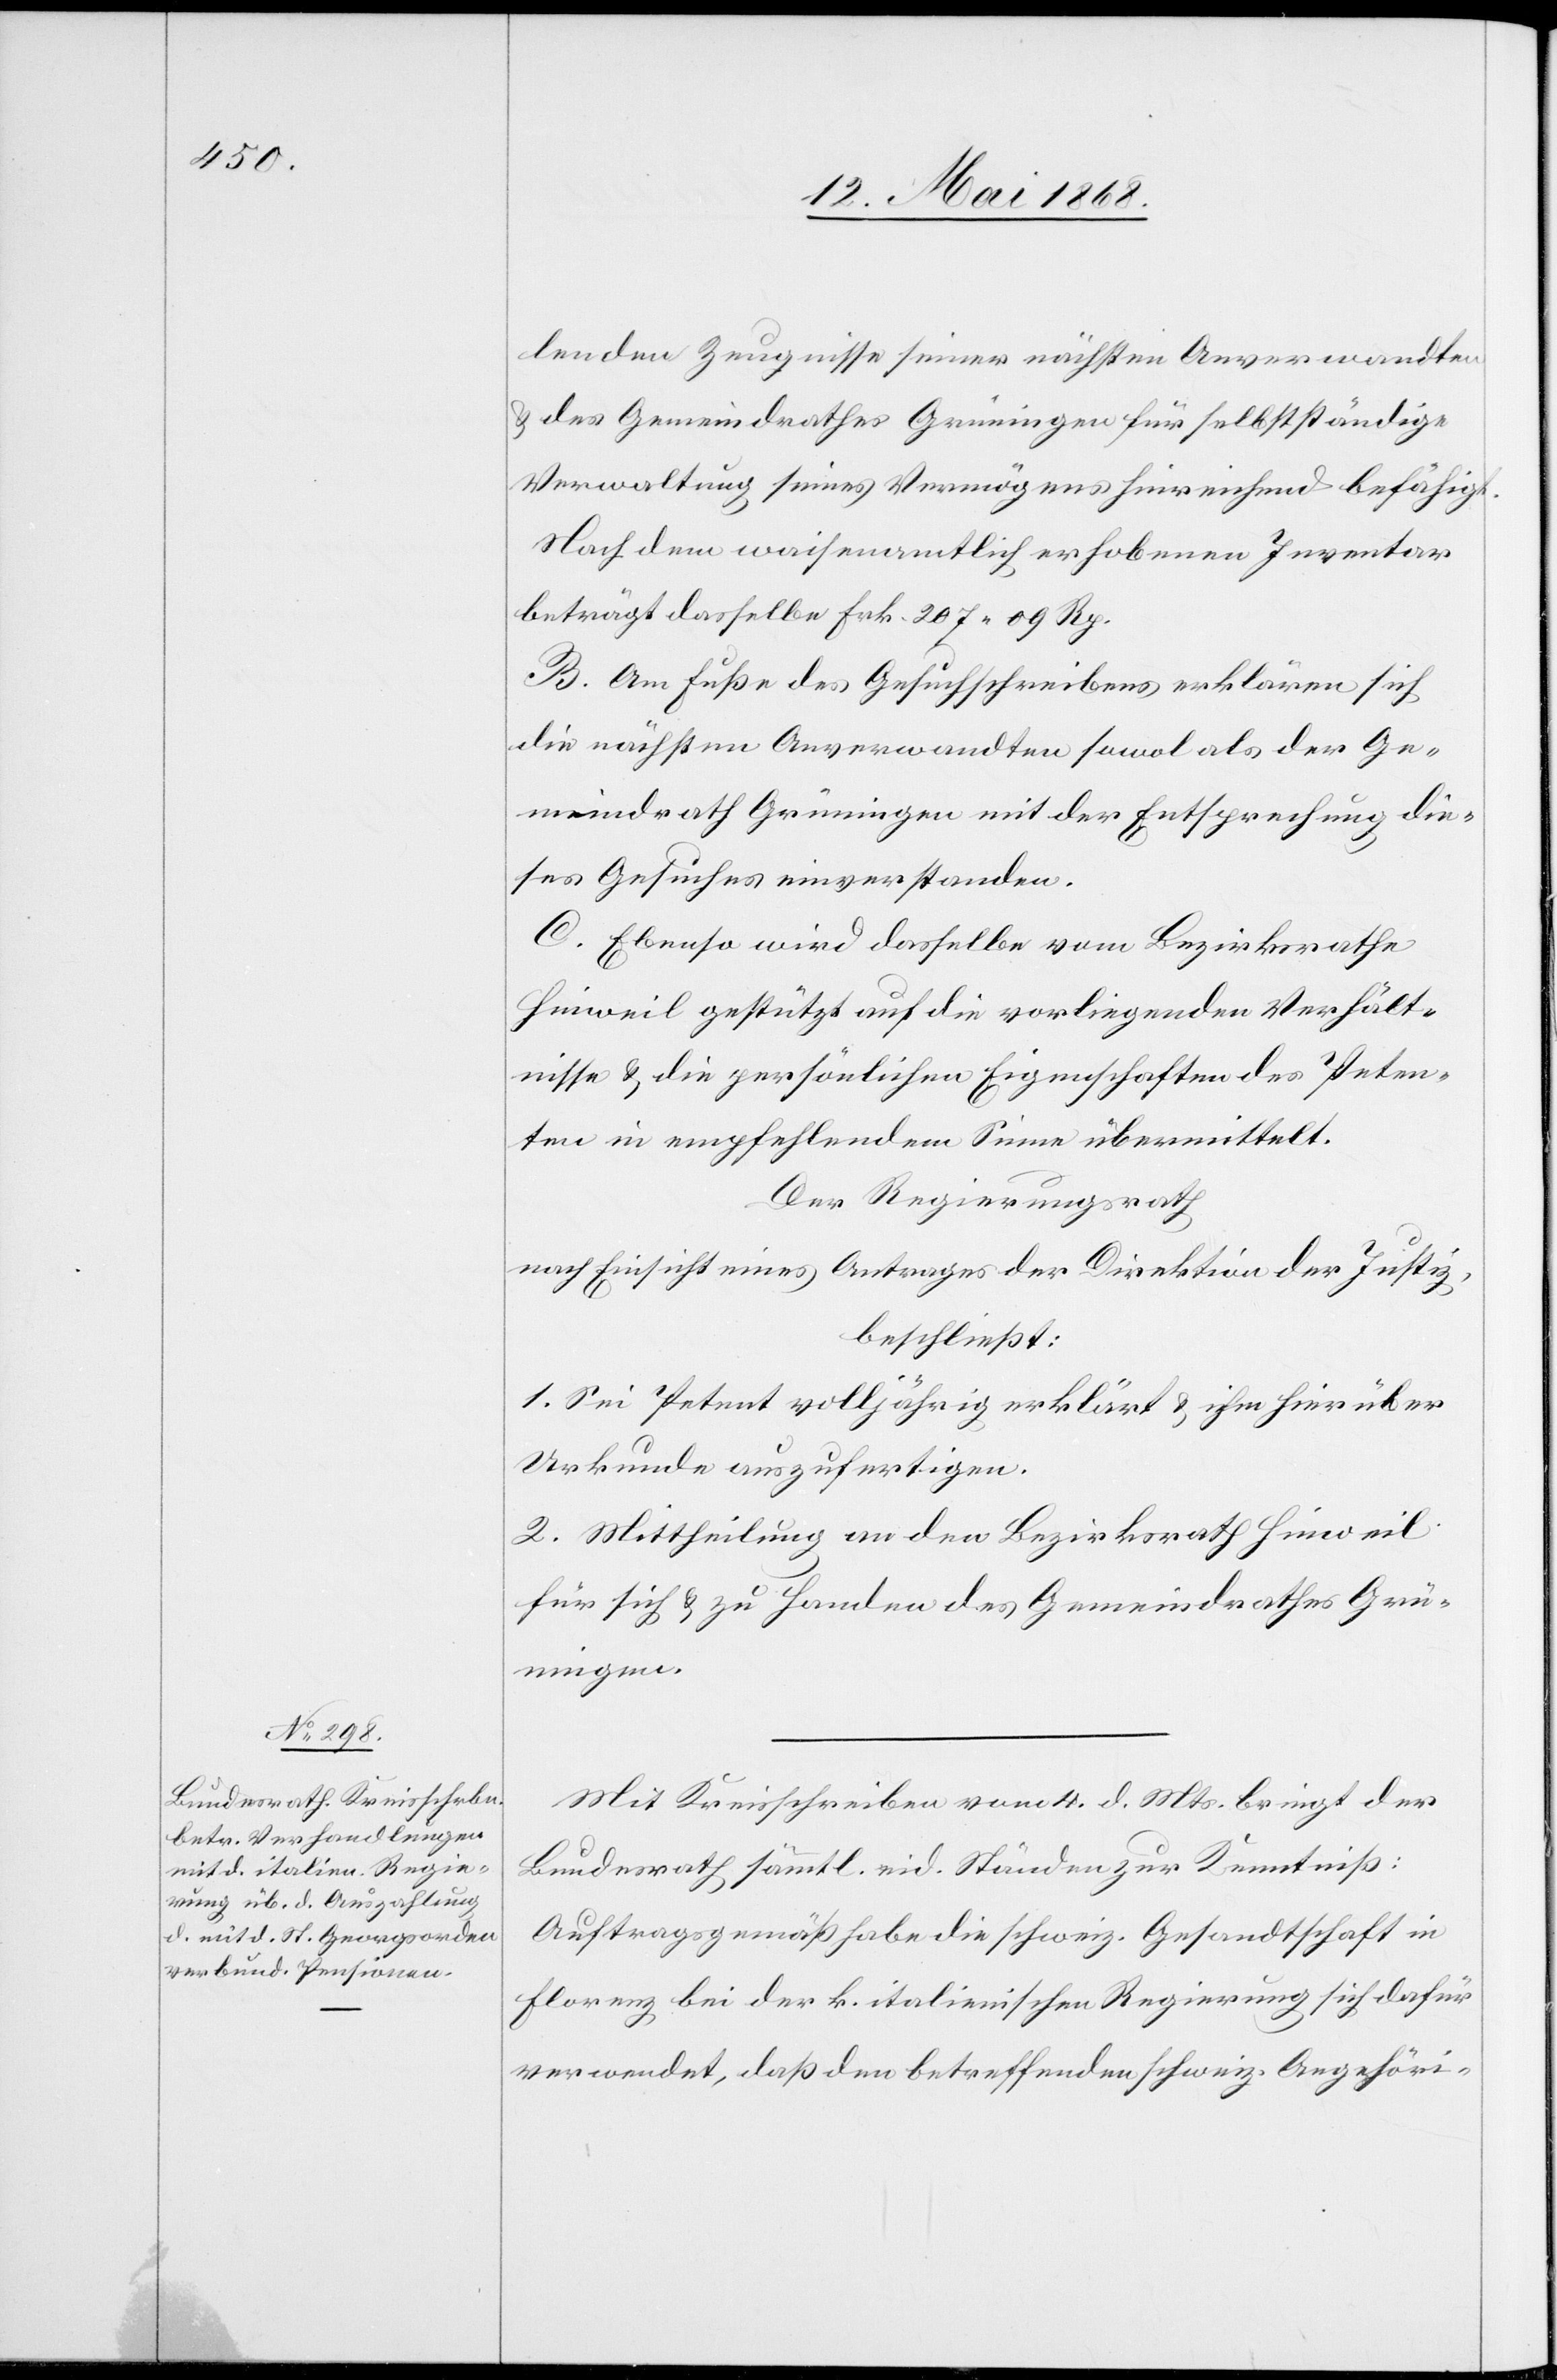
lenden Zeugnisse seiner nächsten Anverwandten
& des Gemeindrathes Grüningen für selbstständige
Verwaltung seines Vermögens hinreichend befähigt.
Nach dem waisenamtlich erhobenen Inventar
beträgt dasselbe Frk. 207. 09 Rp.
B. Am Fuße des Gesuchschreibens erklären sich
die nächsten Anverwandten sowol als der Ge¬
meindrath Grüningen mit der Entsprechung die¬
ses Gesuches einverstanden.
C. Ebenso wird dasselbe vom Bezirksrathe
Hinweil gestützt auf die vorliegenden Verhält¬
nisse & die persönlichen Eigenschaften des Peten¬
ten in empfehlendem Sinne übermittelt.
Der Regierungsrath
nach Einsicht eines Antrages der Direktion der Justiz,
beschließt:
1. Sei Petent volljährig erklärt & ihm hierüber
Urkunde auszufertigen.
2. Mittheilung an den Bezirksrath Hinweil
für sich & zu Handen des Gemeindrathes Grü¬
ningen.
Mit Kreisschreiben vom 4. d. Mts. bringt der
Bundesrath sämmtl. eid. Ständen zur Kenntniß:
Auftragsgemäß habe die schweiz. Gesandtschaft in
Florenz bei der k. italienischen Regierung sich dafür
verwendet, daß den betreffenden schweiz. Angehöri-